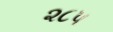
૨૮૫